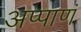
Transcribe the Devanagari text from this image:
अप्पाणं